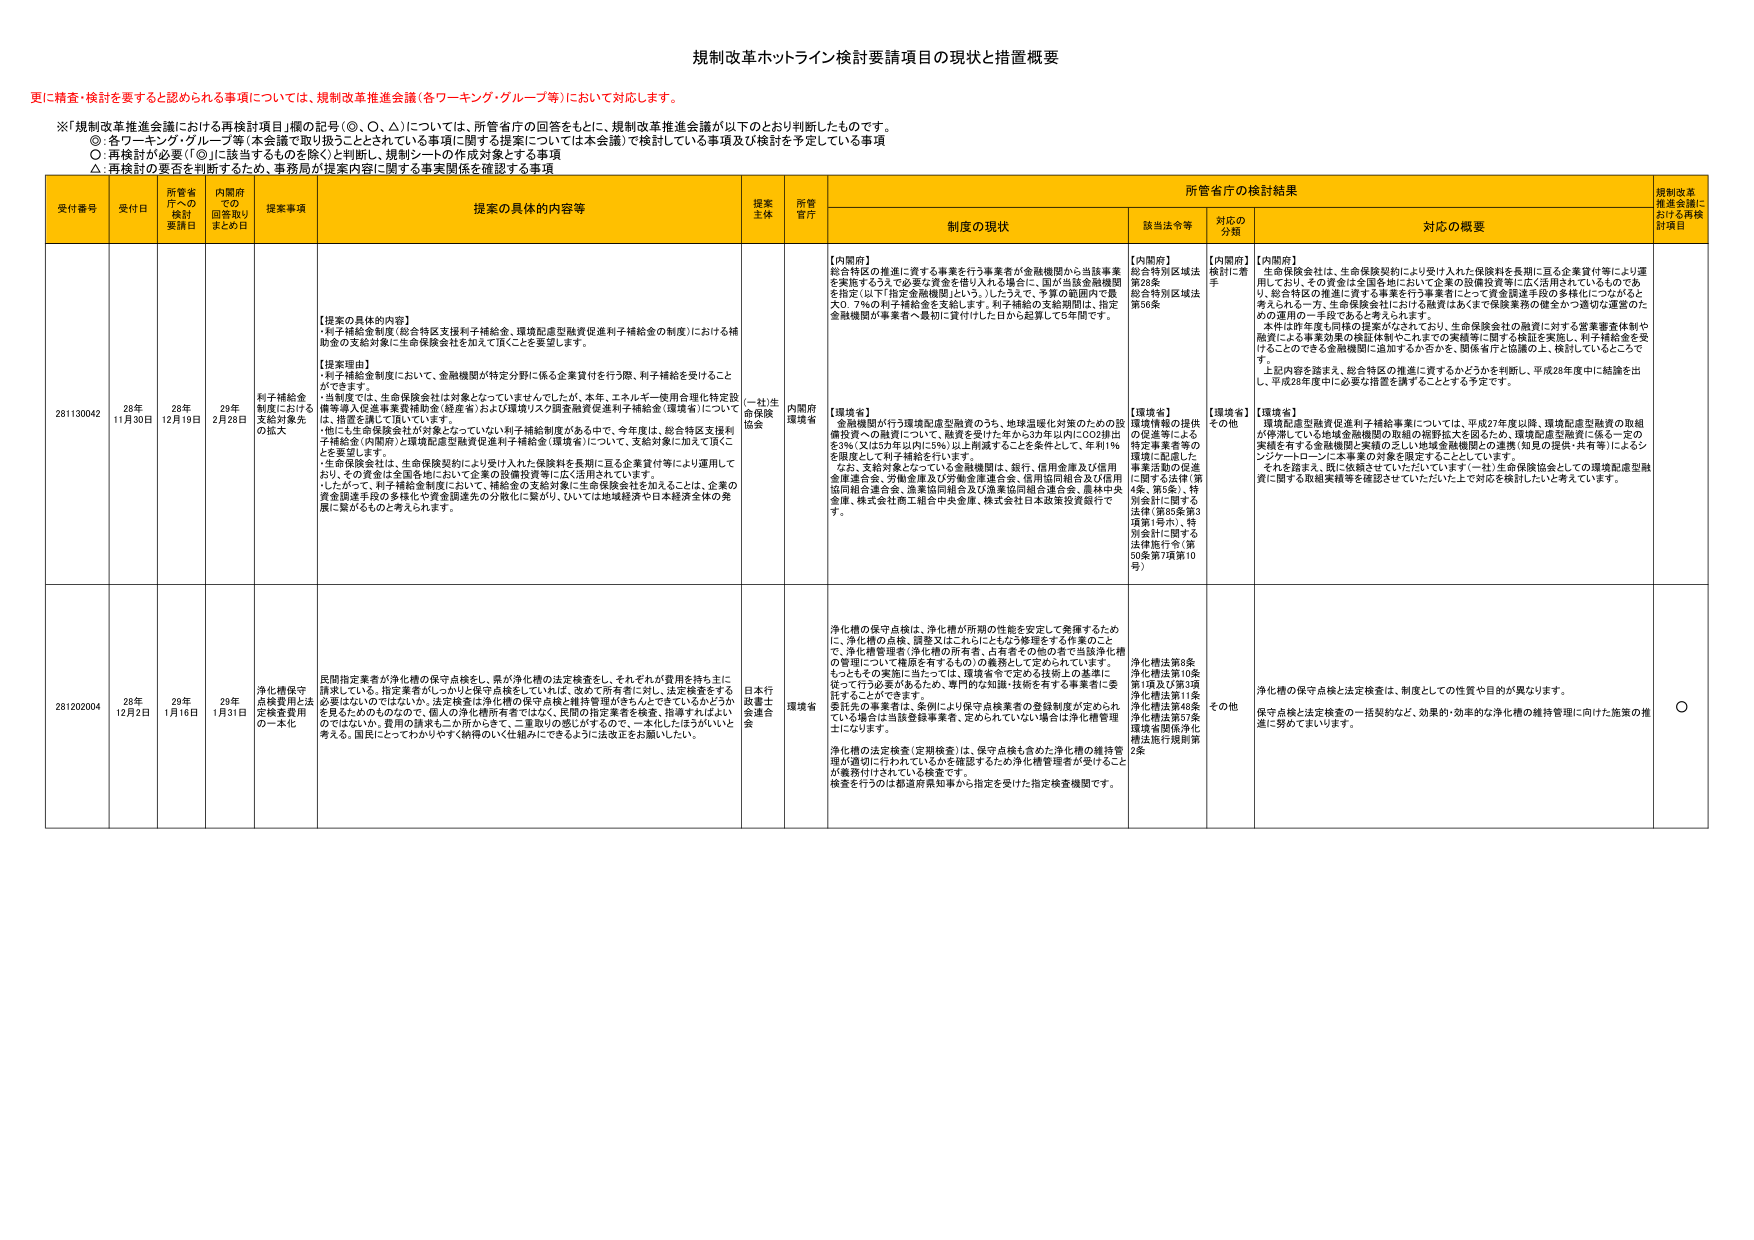
規制改革ホットライン検討要請項目の現状と措置概要

更に精査・検討を要すると認められる事項については、規制改革推進会議（各ワーキング・グループ等）において対応します。

※「規制改革推進会議における再検討項目」欄の記号（◎、○、△）については、所管省庁の回答をもとに、規制改革推進会議が以下のとおり判断したものです。
◎：各ワーキング・グループ等（本会議で取り扱うこととされている事項に関する提案については本会議）で検討している事項及び検討を予定している事項
○：再検討が必要（「◎」に該当するものを除く）と判断し、規制シートの作成対象とする事項
△：再検討の要否を判断するため、事務局が提案内容に関する事実関係を確認する事項

受付番号　受付日　所管省庁への検討要請日　内閣府での回答取りまとめ日　提案事項　提案の具体的内容等　提案主体　所管省庁　所管省庁の検討結果　規制改革推進会議における再検討項目
　　　　　　制度の現状　　　　　該当法令等　　　対応の分類　　　対応の概要

281130042　28年11月30日　28年12月19日　29年2月28日　利子補給金制度における支給対象先の拡大　【提案の具体的内容】
・利子補給金制度（総合特区支援利子補給金、環境配慮型融資促進利子補給金の制度）における補給金の支給対象に生命保険会社を加えて頂くことを要望します。

【提案理由】
・利子補給金制度において、金融機関が特定分野に係る企業貸付を行う際、利子補給を受けることができます。
・当制度では、生命保険会社は対象となっていませんでしたが、本年、エネルギー使用合理化特定設備導入促進事業費補助金（経産省）および環境リスク調査融資促進利子補給金（環境省）について、措置を講じて頂いています。
・他にも生命保険会社が対象となっていない利子補給制度がある中で、今年度は、総合特区支援利子補給金（内閣府）と環境配慮型融資促進利子補給金（環境省）について、支給対象に加えて頂くことを要望します。
・生命保険会社は、生命保険契約により受け入れた保険料を長期に亘る企業貸付等により運用しており、その資金は全国各拠に於いて企業の設備投資等に広く活用されています。
・したがって、利子補給金制度において、補給金の支給対象に生命保険会社を加えることは、企業の資金調達手段の多様化や資金調達先の分散化に繋がり、ひいては地域経済や日本経済全体の発展に繋がるものと考えられます。　（一社）生命保険協会　内閣府環境省　【内閣府】
総合特区の推進に資する事業を行う事業者が金融機関から当該事業を実施するうえで必要な資金を借り入れる場合に、国が当該金融機関を指定（以下「指定金融機関」という。）したうえで、予算の範囲内で最大0．7％の利子補給金を支給します。利子補給の支給期間は、指定金融機関が事業者へ最初に貸付した日から起算して5年間です。

【環境省】
金融機関が行う環境配慮型融資のうち、地球温暖化対策のための設備投資への融資について、融資を受けた年から3か年以内にCO2排出を3％（又は3か年以内に5％）以上削減することを条件として、年利1％を限度として利子補給を行います。
なお、支給対象となっている金融機関は、銀行、信用金庫及び信用金庫連合会、労働金庫及び労働金庫連合会、信用協同組合及び信用協同組合連合会、農業協同組合及び農業協同組合連合会、農林中央金庫、株式会社商工組合中央金庫、株式会社日本政策投資銀行です。　【内閣府】
総合特別区域法第20条
第36条
【環境省】
環境情報の提供の促進等による特定事業者等の環境に配慮した事業活動の促進に関する法律（第1条、第5条）、特別会計に関する法律（第85条第3項第1号ホ）、特別会計に関する法律施行令（第50条第7項第10号）　【内閣府】
検討に着手
【環境省】
その他　【内閣府】
生命保険会社は、生命保険契約により受け入れた保険料を長期に亘る企業貸付等により運用しており、その資金は全国各拠に於いて企業の設備投資等に広く活用されているものであり、総合特区の推進に資する事業を行う事業者にとって資金調達手段の多様化につながると考えられる一方、生命保険会社における融資はあくまで保険業務の健全かつ適切な運営のための運用の一手段であると考えられます。
本件は昨年度も同様の提案がなされており、生命保険会社の融資に対する営業審査体制や融資による事業効果の検証体制やこれまでの実績等に関する検証を実施し、利子補給金を受けることのできる金融機関に追加するか否かを、関係省庁と協議の上、検討しているところで、上記内容を踏まえ、総合特区の推進に資するかどうかを判断し、平成28年度中に結論を出し、平成28年度中に必要な措置を講ずることとする予定です。

【環境省】
環境配慮型融資促進利子補給事業については、平成27年度以降、環境配慮型融資の取組が停滞している地域金融機関の取組の裾野拡大を図るため、環境配慮型融資に係る一定の実績を有する金融機関と実績の乏しい地域金融機関との連携（知見の提供・共有等）によるシンジケートローンに本事業の対象を限定することとしています。
それを踏まえ、既に依頼させていただいている（一社）生命保険協会としての環境配慮型融資に関する取組実績等を確認させていただいた上で対応を検討したいと考えています。

281202004　28年12月2日　29年1月16日　29年1月31日　浄化槽保守点検費用法定検査費用の一元化　民間指定業者が浄化槽の保守点検をし、県が浄化槽の法定検査をし、それぞれが費用を持ち主に請求している。指定業者がしっかり点検や点検をしていたら、改めて所有者に対し、法定検査をする必要はないのではないか。法定検査は浄化槽の保守点検と維持管理がきちんとできているかどうかを見られるものなので、個人の浄化槽所有者ではなく、民間の指定業者を検査、指導すればよいのではないか。費用の請求も二か所からきて、二重取りの感じがするので、一本化したほうがいいと考える。国民にとってわかりやすく納得のいく仕組みにできるように法改正をお願いしたい。　日本行政書士会連合会　環境省　浄化槽の保守点検は、浄化槽が所期の性能を安定して発揮するため に、浄化槽の点検、調整又はこれらにともなう修理をする作業のことで、浄化槽管理者（浄化槽の所有者、占有者その他の者で当該浄化槽の管理について権限を有するもの）の義務として定められています。
もっともその実施に当たっては、環境省令で定める技術上の基準に従って行う必要があるため、専門的な知識・技術を有する事業者に委託することが必要です。
委託先の事業者は、条例により保守点検業者の登録制度が定められている場合は当該登録事業者、定められていない場合は浄化槽管理者になります。
浄化槽の法定検査（定期検査）は、保守点検も含めた浄化槽の維持管理が適切に行われているかを確認するための浄化槽管理者が受けることが義務付けされている検査です。
検査を行うのは都道府県知事から指定を受けた指定検査機関です。　浄化槽法第8条、浄化槽法第10条第1項及び第3項、浄化槽法第11条、浄化槽法第48条、浄化槽法第57条、環境省関係浄化槽法施行規則第2条　その他　浄化槽の保守点検と法定検査は、制度としての性質や目的が異なります。
保守点検と法定検査の一括契約など、効果的・効率的な浄化槽の維持管理に向けた施策の推進に努めてまいります。　○